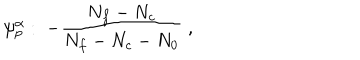
\psi _ { p } ^ { \alpha } : \; - \frac { N _ { f } - N _ { c } } { N _ { f } - N _ { c } - N _ { 0 } } \; ,